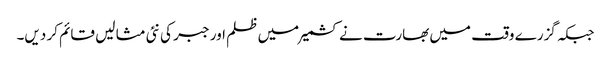
جبکہ گزرے وقت میں بھارت نے کشمیر میں ظلم اور جبر کی نئی مثا لیں قائم کر دیں۔